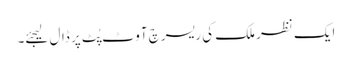
ایک نظر ملک کی ریسرچ آوٹ پُٹ پر ڈال لیجئے۔